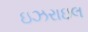
ઇઝરાઇલ